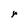
Character: r